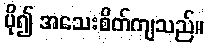
ပို၍ အသေးစိတ်ကျသည်။